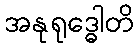
အနုရုဒ္ဓေါတိ